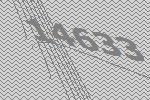
14633